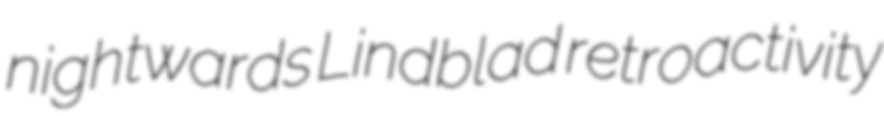
nightwards Lindblad retroactivity